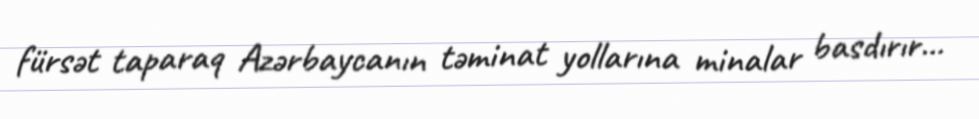
fürsət taparaq Azərbaycanın təminat yollarına minalar basdırır...